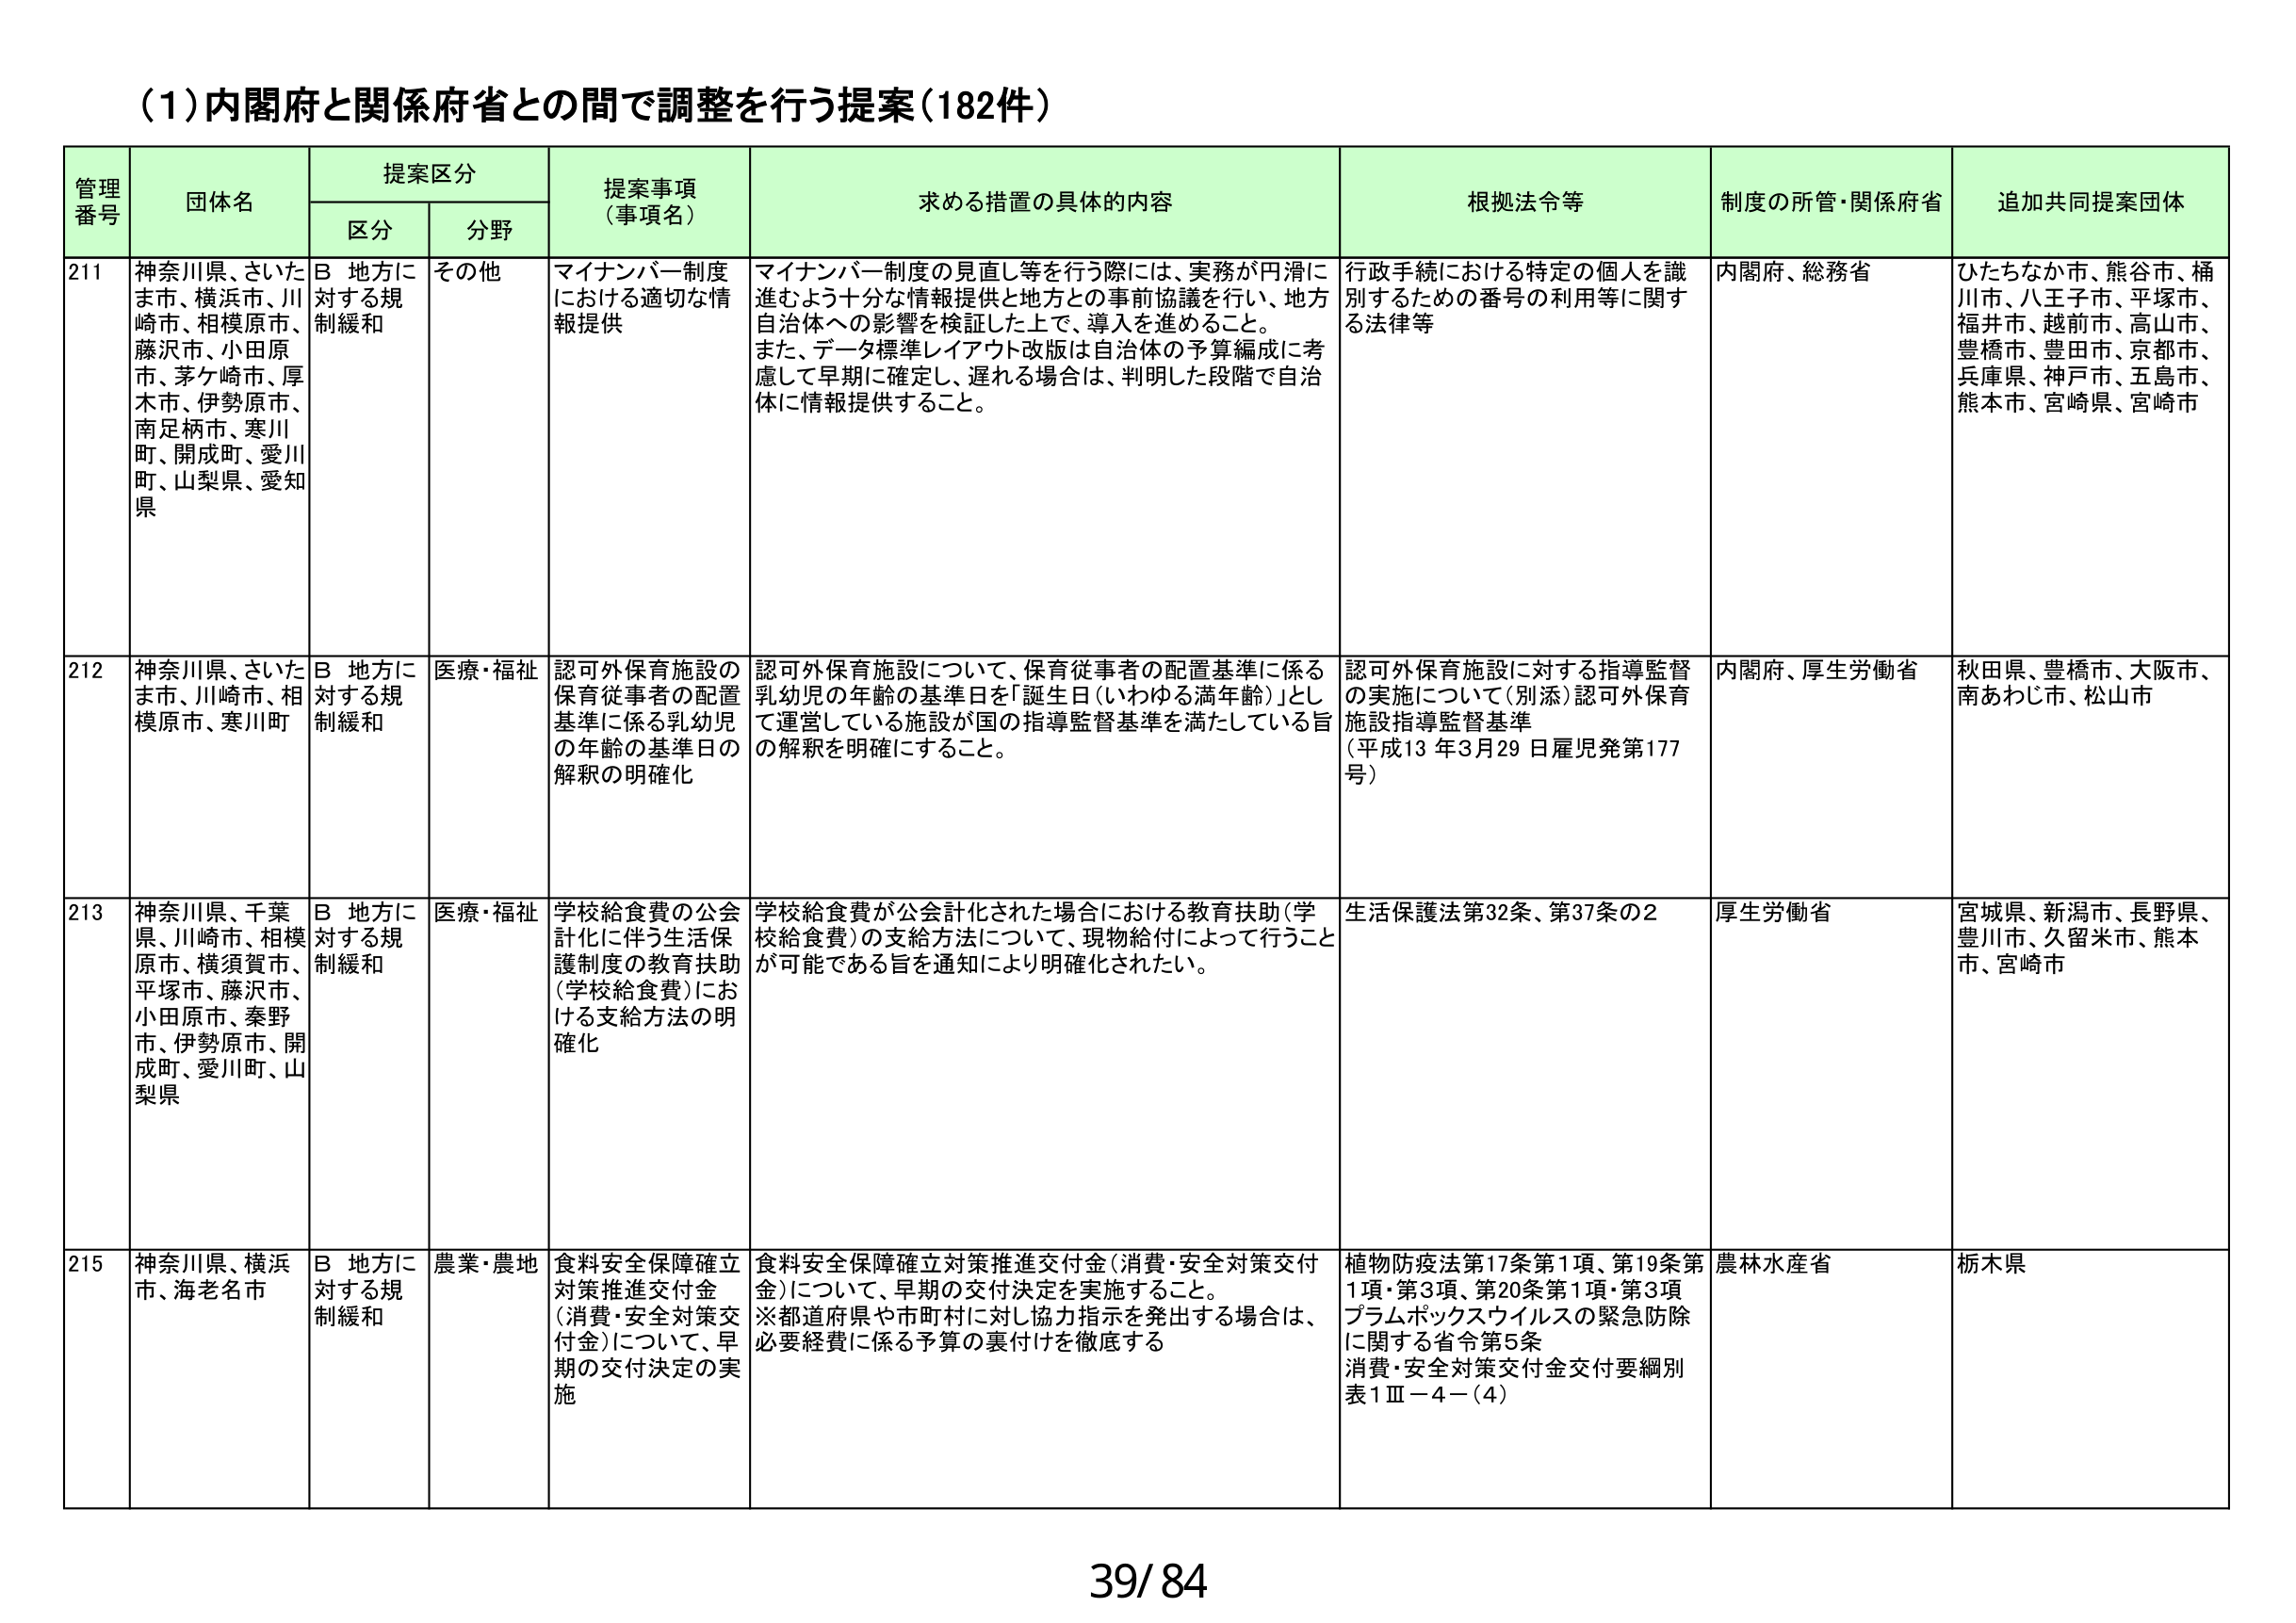
（1）内閣府と関係府省との間で調整を行う提案（182件）

管理番号　団体名　提案区分　提案事項（事項名）　求める措置の具体的内容　根拠法令等　制度の所管・関係府省　追加共同提案団体
　　　　　　区分　分野

211　神奈川県、さいたま市、横浜市、川崎市、相模原市、藤沢市、小田原市、茅ヶ崎市、厚木市、伊勢原市、南足柄市、寒川町、開成町、愛川町、山梨県、愛知県　B 地方に対する規制緩和　その他　マイナンバー制度における適切な情報提供　マイナンバー制度の見直し等を行う際には、実務が円滑に進むよう十分な情報提供と地方との事前協議を行い、地方自治体への影響を検証した上で、導入を進めること。また、データ標準レイアウト改版は自治体の予算編成に考慮して早期に確定し、遅れる場合は、判明した段階で自治体に情報提供すること。　行政手続における特定の個人を識別するための番号の利用等に関する法律等　内閣府、総務省　ひたちなか市、熊谷市、桶川市、八王子市、平塚市、福井市、越前市、高山市、豊橋市、豊田市、京都市、兵庫県、神戸市、五島市、熊本市、宮崎県、宮崎市

212　神奈川県、さいたま市、川崎市、相模原市、寒川町　B 地方に対する規制緩和　医療・福祉　認可外保育施設の保育従事者の配置基準に係る乳幼児の年齢の基準日の解釈の明確化　認可外保育施設について、保育従事者の配置基準に係る乳幼児の年齢の基準日を「誕生日（いわゆる満年齢）」として運営している施設が国の指導監督基準を満たしている旨の解釈を明確にすること。　認可外保育施設に対する指導監督の実施について（別添）認可外保育施設指導監督基準（平成13年3月29日雇児発第177号）　内閣府、厚生労働省　秋田県、豊橋市、大阪市、南あわじ市、松山市

213　神奈川県、千葉県、川崎市、相模原市、横須賀市、平塚市、藤沢市、小田原市、秦野市、伊勢原市、開成町、愛川町、山梨県　B 地方に対する規制緩和　医療・福祉　学校給食費の公会計化に伴う生活保護制度の教育扶助（学校給食費）における支給方法の明確化　学校給食費が公会計化された場合における教育扶助（学校給食費）の支給方法について、現物給付によって行うことが可能である旨を通知により明確化されたい。　生活保護法第32条、第37条の2　厚生労働省　宮城県、新潟市、長野県、豊川市、久留米市、熊本市、宮崎市

215　神奈川県、横浜市、海老名市　B 地方に対する規制緩和　農業・農地　食料安全保障確立対策推進交付金（消費・安全対策交付金）について、早期の交付決定の実施　食料安全保障確立対策推進交付金（消費・安全対策交付金）について、早期の交付決定を実施すること。※都道府県や市町村に対し協力指示を発出する場合は、必要経費に係る予算の裏付けを徹底する　植物防疫法第17条第1項、第19条第1項・第3項、第20条第1項・第3項　プラムポックスウイルスの緊急防除に関する省令第5条　消費・安全対策交付金交付要綱別表1Ⅲ－4－（4）　農林水産省　栃木県

39/84